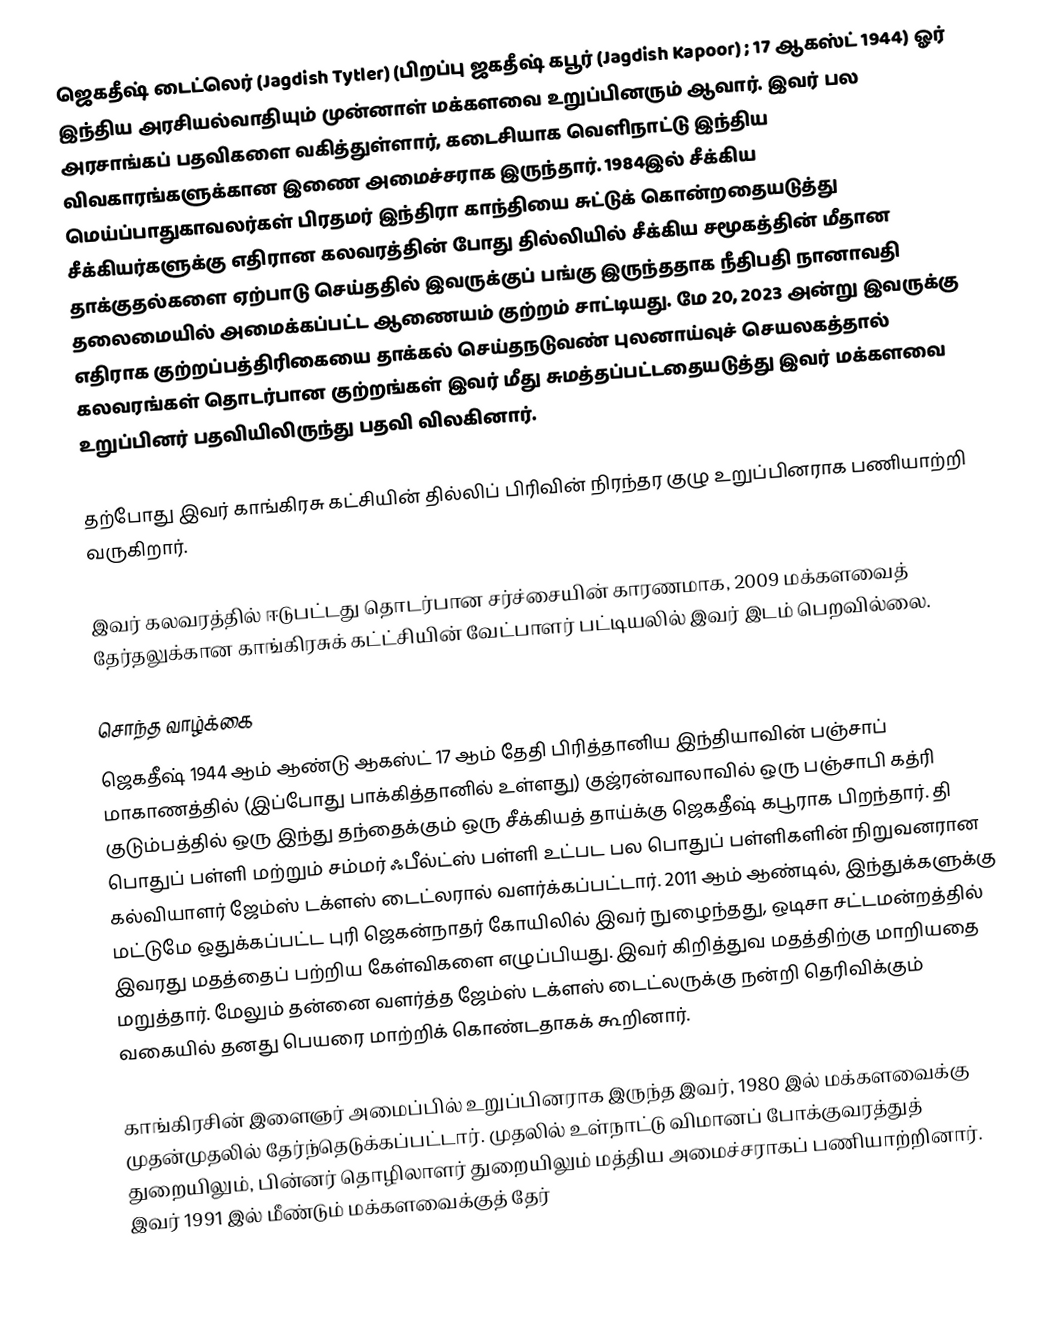
ஜெகதீஷ் டைட்லெர் (Jagdish Tytler) (பிறப்பு ஜகதீஷ் கபூர் (Jagdish Kapoor) ; 17 ஆகஸ்ட் 1944) ஓர் இந்திய அரசியல்வாதியும் முன்னாள் மக்களவை உறுப்பினரும் ஆவார். இவர் பல அரசாங்கப் பதவிகளை வகித்துள்ளார், கடைசியாக வெளிநாட்டு இந்திய விவகாரங்களுக்கான இணை அமைச்சராக இருந்தார். 1984இல் சீக்கிய மெய்ப்பாதுகாவலர்கள் பிரதமர் இந்திரா காந்தியை சுட்டுக் கொன்றதையடுத்து சீக்கியர்களுக்கு எதிரான கலவரத்தின் போது  தில்லியில் சீக்கிய சமூகத்தின் மீதான தாக்குதல்களை ஏற்பாடு செய்ததில் இவருக்குப் பங்கு இருந்ததாக நீதிபதி நானாவதி தலைமையில் அமைக்கப்பட்ட ஆணையம் குற்றம் சாட்டியது. மே 20, 2023 அன்று இவருக்கு எதிராக குற்றப்பத்திரிகையை தாக்கல் செய்தநடுவண் புலனாய்வுச் செயலகத்தால்  கலவரங்கள் தொடர்பான குற்றங்கள் இவர் மீது சுமத்தப்பட்டதையடுத்து இவர் மக்களவை உறுப்பினர் பதவியிலிருந்து பதவி விலகினார்.

தற்போது இவர் காங்கிரசு கட்சியின் தில்லிப் பிரிவின் நிரந்தர குழு உறுப்பினராக பணியாற்றி வருகிறார்.

இவர் கலவரத்தில் ஈடுபட்டது தொடர்பான சர்ச்சையின் காரணமாக, 2009 மக்களவைத் தேர்தலுக்கான காங்கிரசுக் கட்ட்சியின் வேட்பாளர் பட்டியலில் இவர் இடம் பெறவில்லை.

சொந்த வாழ்க்கை
ஜெகதீஷ் 1944 ஆம் ஆண்டு ஆகஸ்ட் 17 ஆம் தேதி பிரித்தானிய இந்தியாவின் பஞ்சாப் மாகாணத்தில் (இப்போது பாக்கித்தானில் உள்ளது) குஜ்ரன்வாலாவில் ஒரு பஞ்சாபி கத்ரி குடும்பத்தில் ஒரு இந்து தந்தைக்கும் ஒரு சீக்கியத் தாய்க்கு ஜெகதீஷ் கபூராக பிறந்தார்.  தி பொதுப் பள்ளி மற்றும் சம்மர் ஃபீல்ட்ஸ் பள்ளி உட்பட பல பொதுப் பள்ளிகளின் நிறுவனரான கல்வியாளர் ஜேம்ஸ் டக்ளஸ் டைட்லரால் வளர்க்கப்பட்டார்.  2011 ஆம் ஆண்டில், இந்துக்களுக்கு மட்டுமே ஒதுக்கப்பட்ட புரி ஜெகன்நாதர் கோயிலில் இவர் நுழைந்தது, ஒடிசா சட்டமன்றத்தில் இவரது மதத்தைப் பற்றிய கேள்விகளை எழுப்பியது.  இவர் கிறித்துவ மதத்திற்கு மாறியதை மறுத்தார். மேலும் தன்னை வளர்த்த ஜேம்ஸ் டக்ளஸ் டைட்லருக்கு நன்றி தெரிவிக்கும் வகையில் தனது பெயரை மாற்றிக் கொண்டதாகக் கூறினார்.

காங்கிரசின் இளைஞர் அமைப்பில் உறுப்பினராக இருந்த இவர், 1980 இல் மக்களவைக்கு முதன்முதலில் தேர்ந்தெடுக்கப்பட்டார். முதலில் உள்நாட்டு விமானப் போக்குவரத்துத் துறையிலும், பின்னர் தொழிலாளர் துறையிலும் மத்திய அமைச்சராகப் பணியாற்றினார். இவர் 1991 இல் மீண்டும் மக்களவைக்குத் தேர்